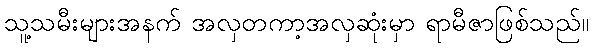
သူ့သမီးများအနက် အလှတကာ့အလှဆုံးမှာ ရာမီဇာဖြစ်သည်။